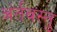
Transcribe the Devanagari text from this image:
अंर्तवस्तु